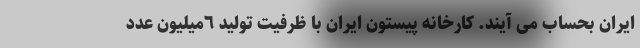
ایران بحساب می آیند. کارخانه پیستون ایران با ظرفیت تولید ٦میلیون عدد